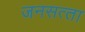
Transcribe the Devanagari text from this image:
जनसत्‍ता